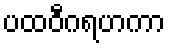
ပထဝီဂရဟကာ